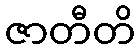
ဇာတီတိ